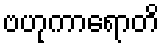
ဗဟုကာရောတိ